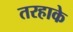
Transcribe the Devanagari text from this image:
तरहाके